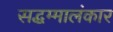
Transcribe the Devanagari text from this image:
सद्धम्मालंकार